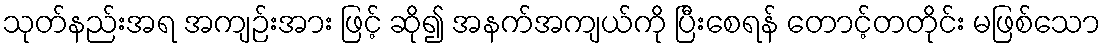
သုတ်နည်းအရ အကျဉ်းအား ဖြင့် ဆို၍ အနက်အကျယ်ကို ပြီးစေရန် တောင့်တတိုင်း မဖြစ်သော